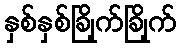
နှစ်နှစ်ခြိုက်ခြိုက်